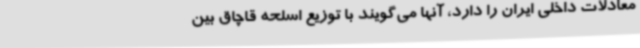
معادلات داخلی ایران را دارد، آنها می‌گویند با توزیع اسلحه قاچاق بین